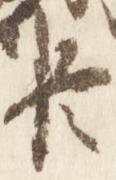
臣